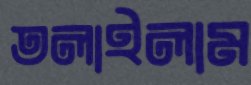
তলাইলাম